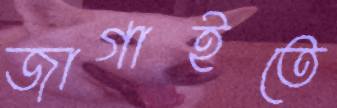
জাগাইতে